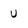
Character: U